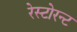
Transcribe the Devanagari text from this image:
रेस्टोरन्ट